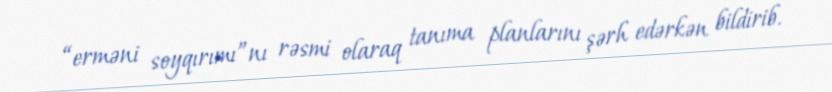
“erməni soyqırımı”nı rəsmi olaraq tanıma planlarını şərh edərkən bildirib.